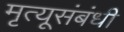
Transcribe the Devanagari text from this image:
मृत्यूसंबंधी